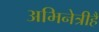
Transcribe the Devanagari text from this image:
अभिनेत्रीहैं